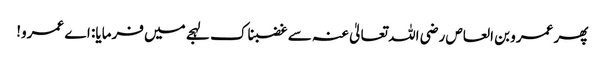
پھر عمرو بن العاص رضی اللہ تعالیٰ عنہ سے غضبناک لہجے میں فرمایا: اے عمرو!